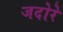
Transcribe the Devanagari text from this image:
जदोरे